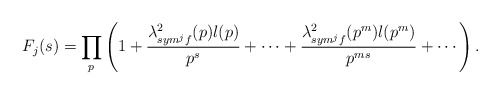
\begin{align*}F_{j}(s)=\prod_{p}^{} \left(1+\frac{\lambda^{2}_{sym^{j}f}(p)l(p)}{p^{s}}+\cdots+\frac{\lambda^{2}_{sym^{j}f}(p^{m})l(p^{m})}{p^{ms}}+\cdots\right).\end{align*}